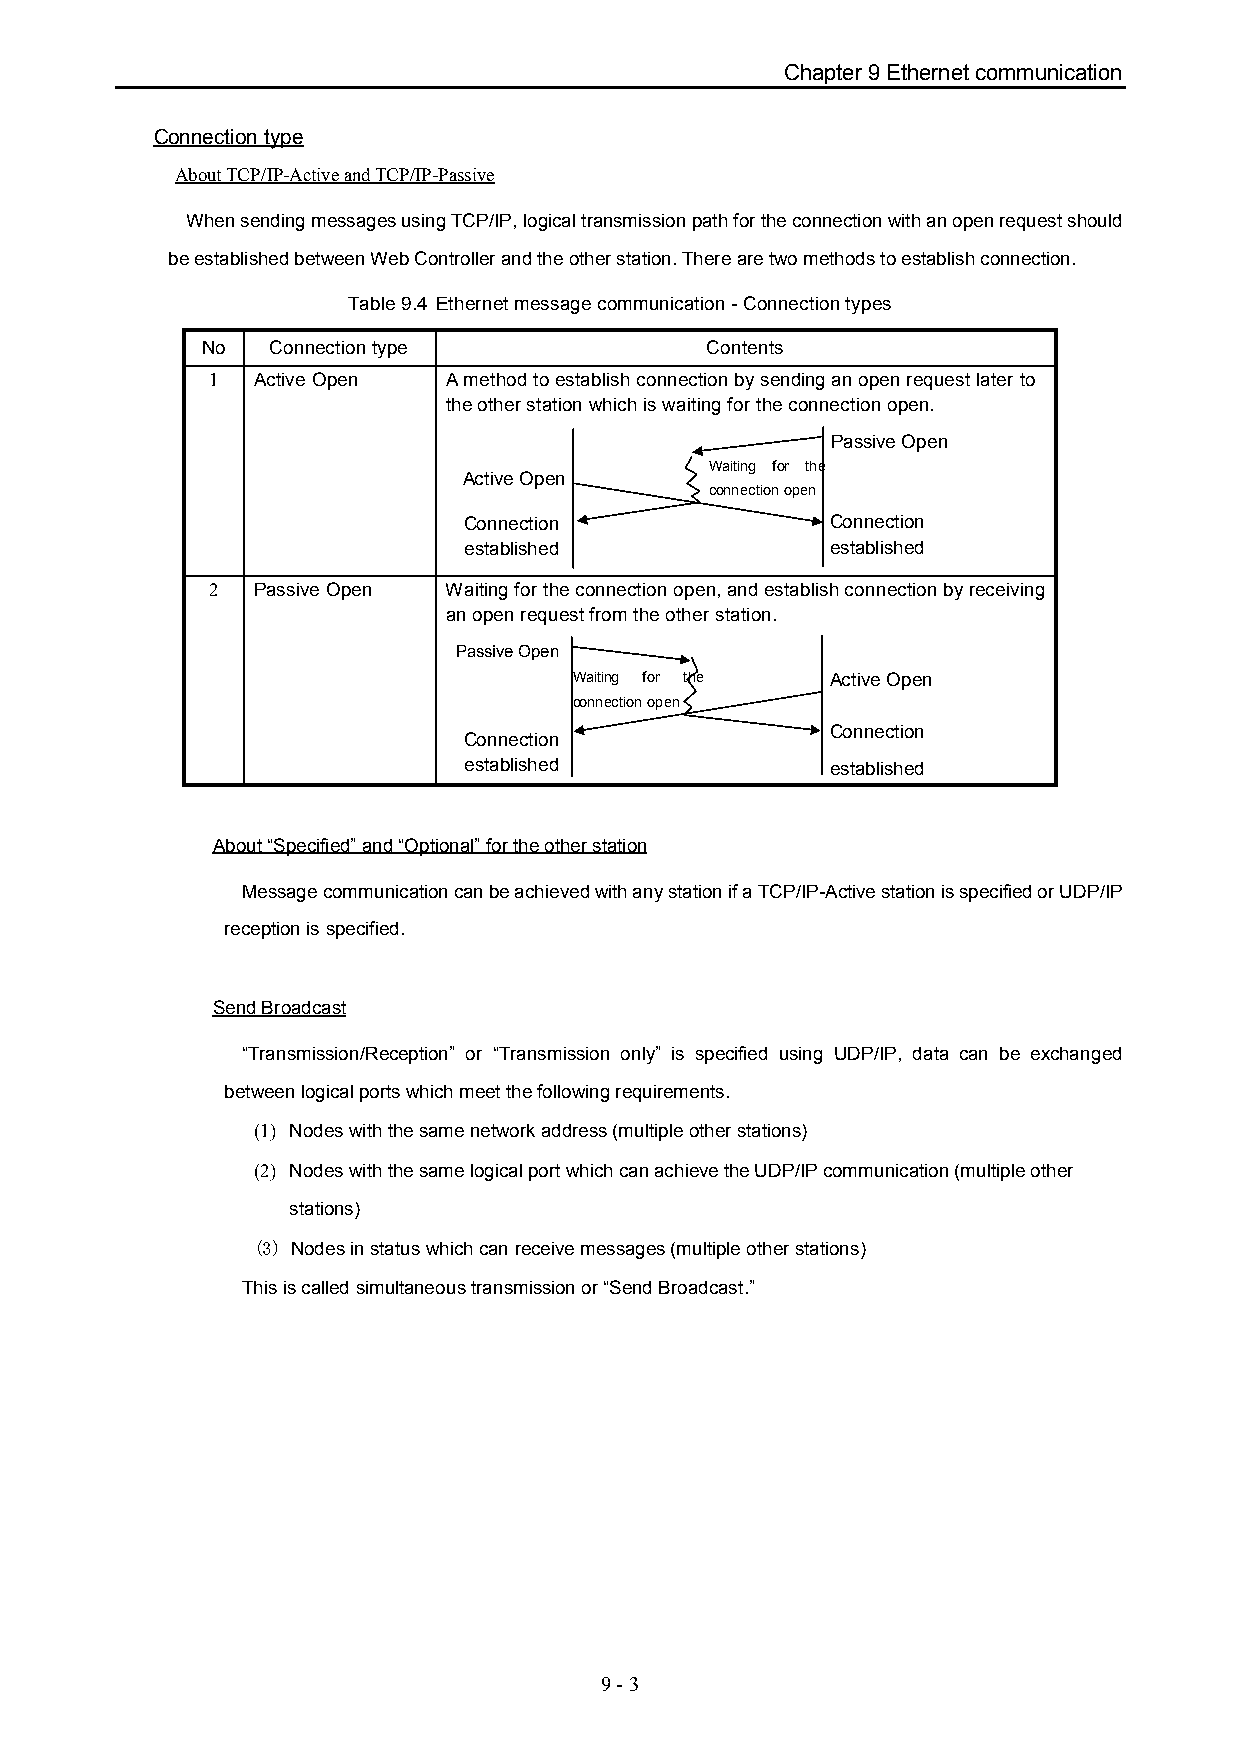
Chapter 9 Ethernet communication
 Connection type
 About TCP/IP-Active and TCP/IP-Passive
 When sending messages using TCP/IP, logical transmission path for the connection with an open request should
 be established between Web Controller and the other station. There are two methods to establish connection.
 Table 9.4 Ethernet message communication - Connection types
 No   Connection type              Contents
 1  Active Open  A method to establish connection by sending an open request later to
 the other station which is waiting for the connection open.
 Passive Open
 Waiting for the
 Active Open
 connection open
 Connection              Connection
 established             established
 2  Passive Open Waiting for the connection open, and establish connection by receiving
 an open request from the other station.
 Passive Open
 Waiting for the  Active Open
 connection open
 Connection
 Connection
 established             established
 About “Specified” and “Optional” for the other station
 Message communication can be achieved with any station if a TCP/IP-Active station is specified or UDP/IP
 reception is specified.
 Send Broadcast
 “Transmission/Reception” or “Transmission only” is specified using UDP/IP, data can be exchanged
 between logical ports which meet the following requirements.
 (1) Nodes with the same network address (multiple other stations)
 (2) Nodes with the same logical port which can achieve the UDP/IP communication (multiple other
 stations)
 (3) Nodes in status which can receive messages (multiple other stations)
 This is called simultaneous transmission or “Send Broadcast.”
 9 - 3